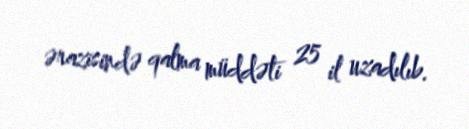
ərazisində qalma müddəti 25 il uzadılıb.